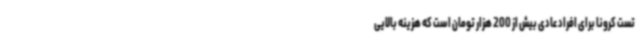
تست کرونا برای افراد عادی بیش از 200 هزار تومان است که هزینه بالایی